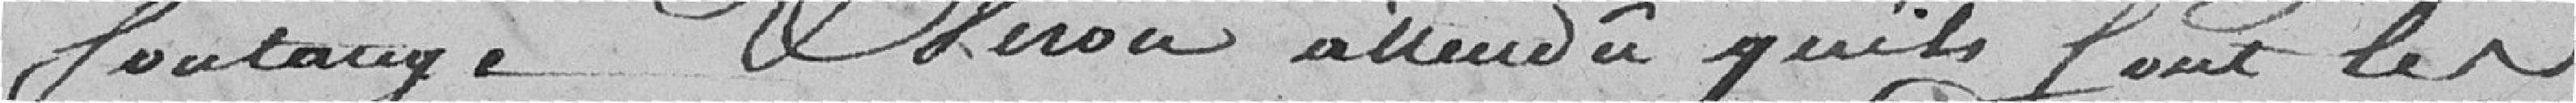
fontange & Viron attendu qu'ils Sont les